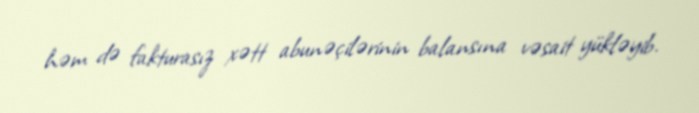
həm də fakturasız xətt abunəçilərinin balansına vəsait yükləyib.